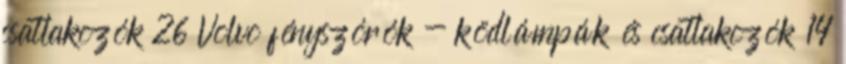
csatlakozók 26 Volvo fényszórók - ködlámpák és csatlakozók 14